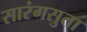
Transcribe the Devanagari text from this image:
सारंगसुता